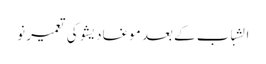
الشباب کے بعد موغادیشو کی تعمیرِ نو